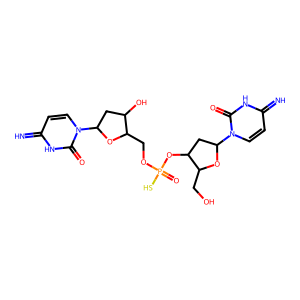
SMILES: N=c1ccn(C2CC(O)C(COP(=O)(S)OC3CC(n4ccc(=N)[nH]c4=O)OC3CO)O2)c(=O)[nH]1
Inhibits HIV replication: No